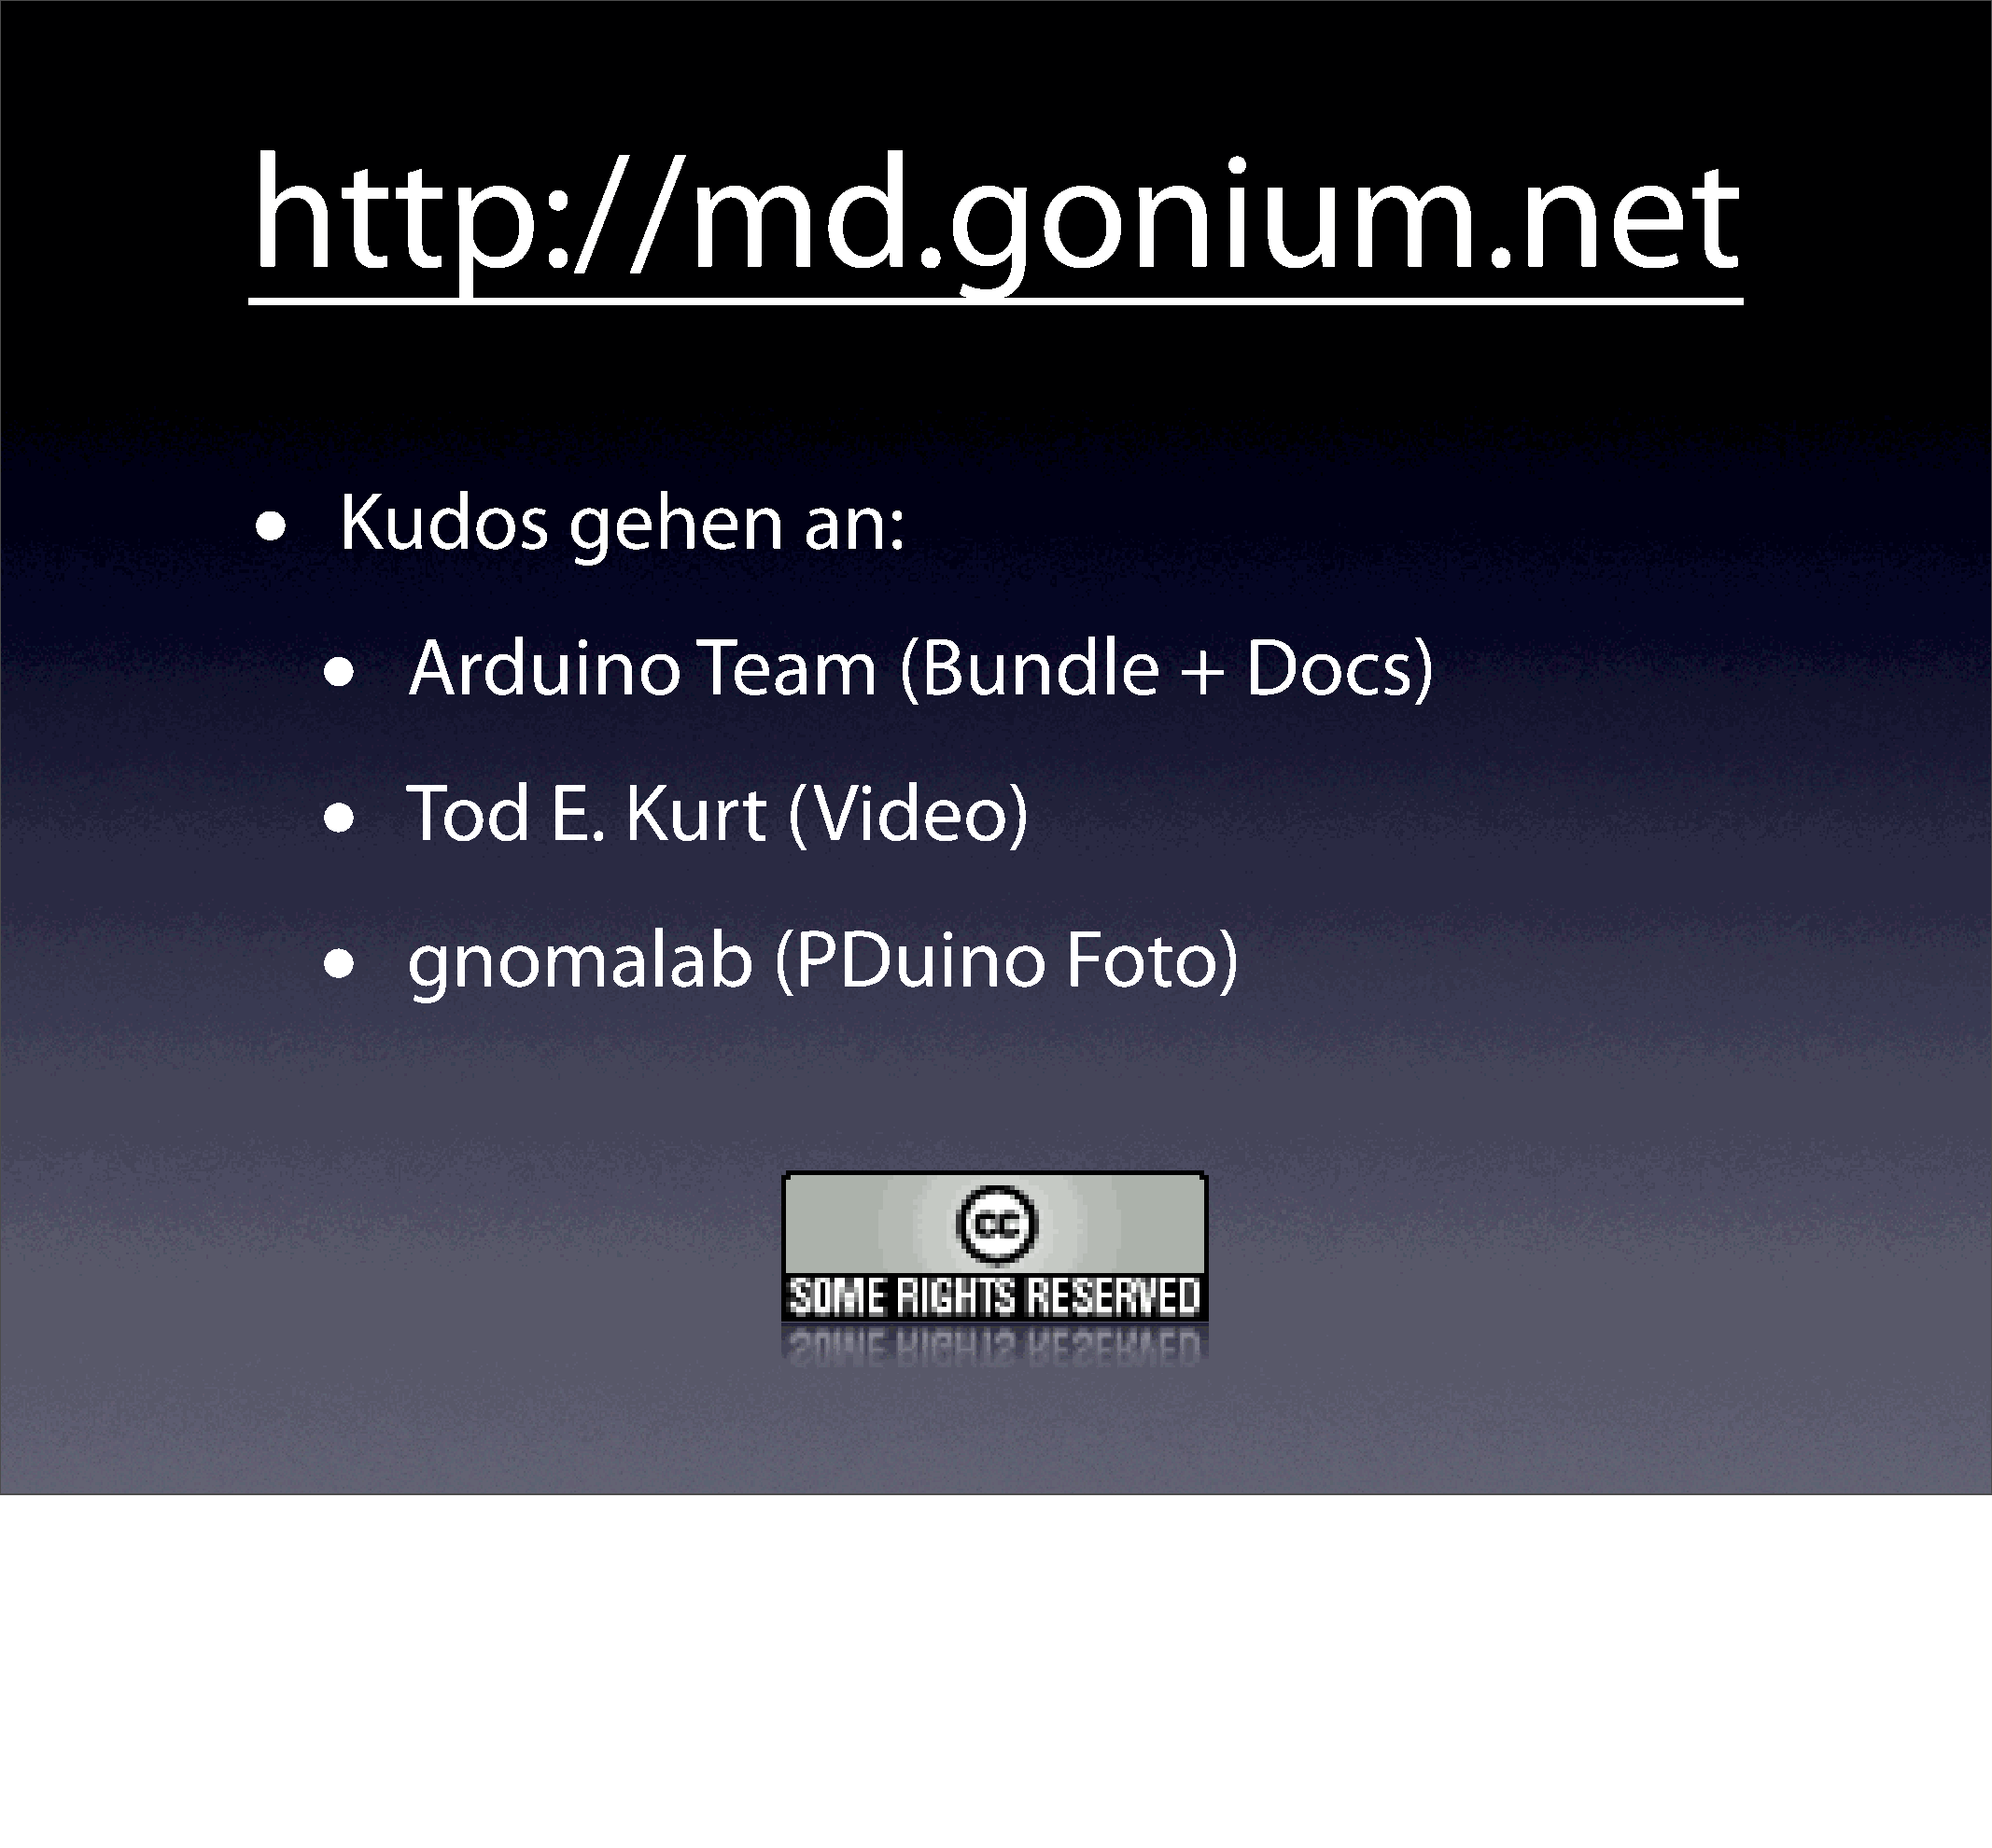
http://md.gonium.net
 •
 Kudos           gehen            an:
 •
 Arduino             Team           (Bundle             +   Docs)
 •
 Tod       E.   Kurt        (Video)
 •
 gnomalab                  (PDuino              Foto)